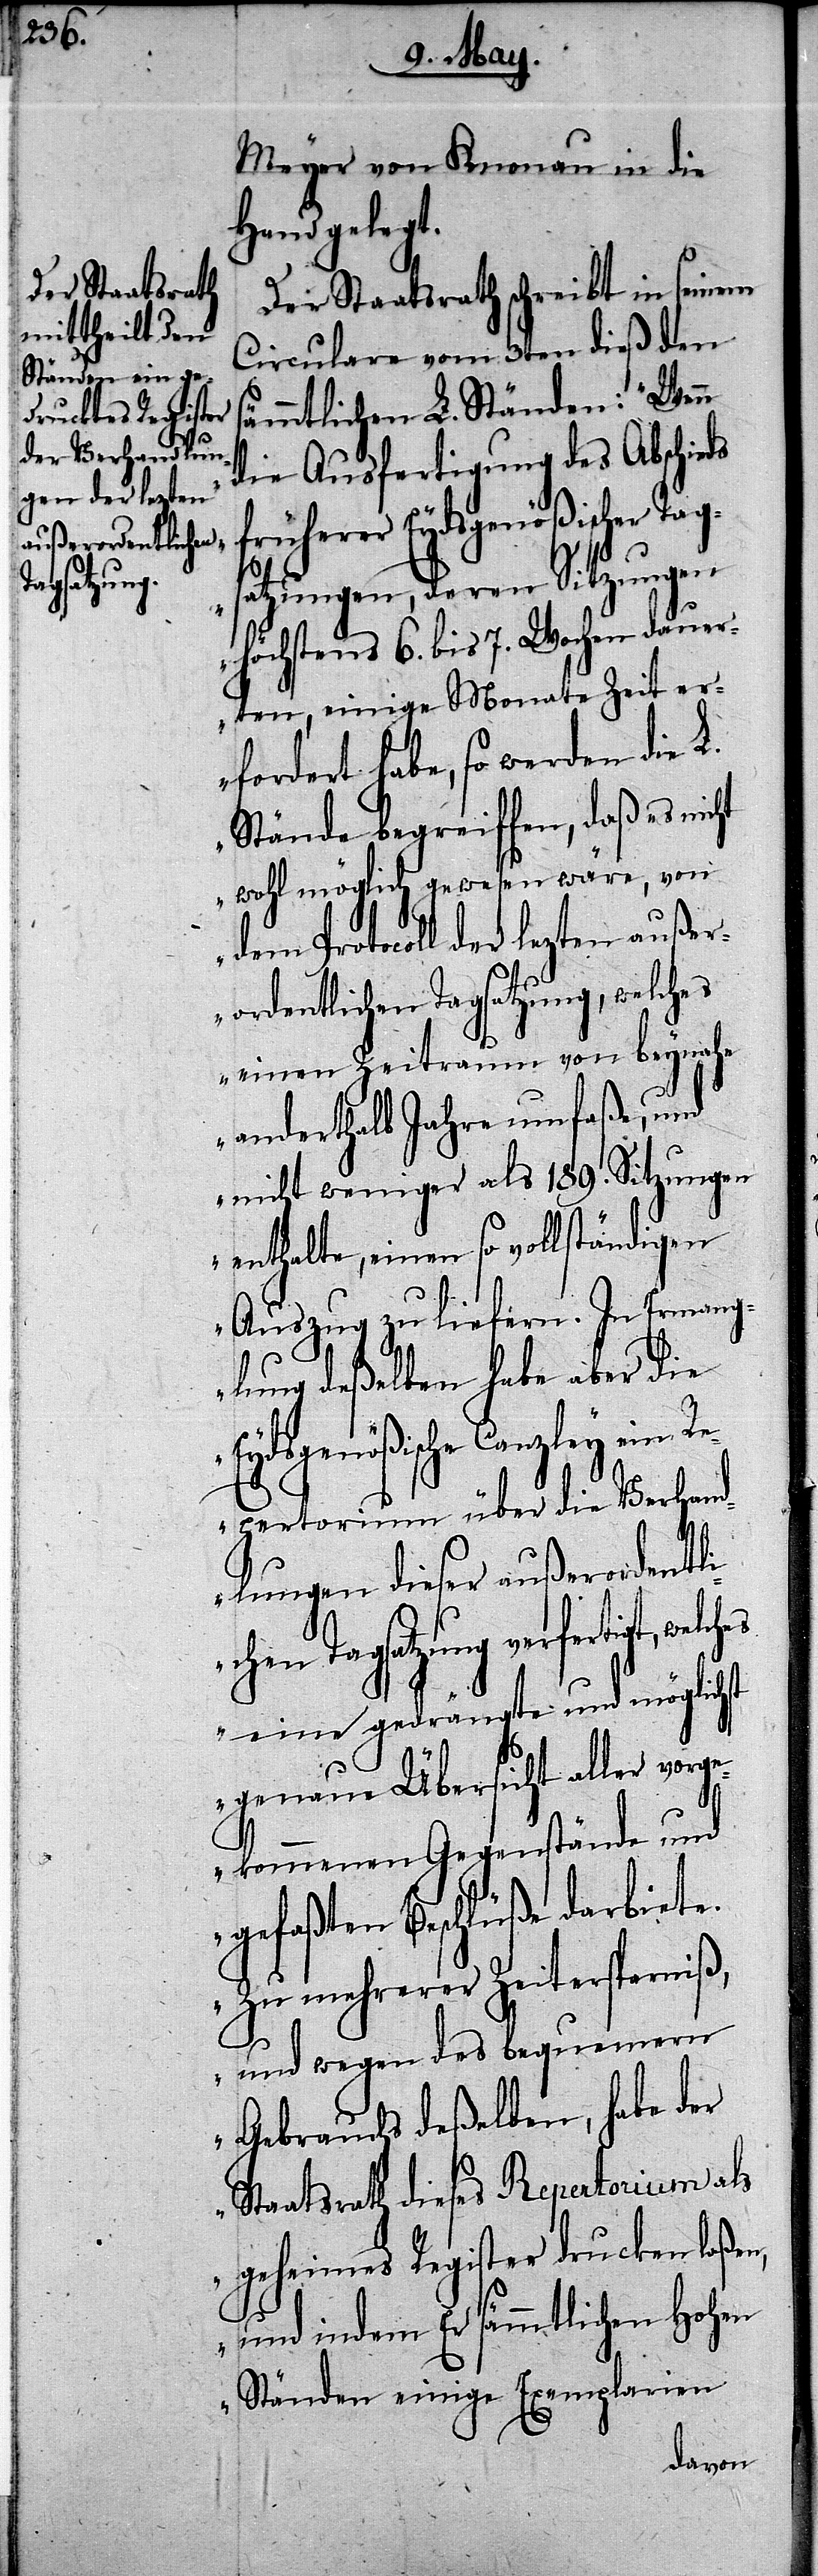
Meyer von Knonau in die
Hand gelegt.
Der Staatsrath schreibt in seinem
Circulare vom 3ten dieß den
ämmtlichen L. Ständen: „Wenn
die Ausfertigung des Abschieds
atzungen, deren Sitzungen
höchstens 6. bis 7. Wochen dauer¬
ten, einige Monate Zeit er¬
fordert habe, so werden die L.
Stände begreiffen, daß es nicht
wohl möglich gewesen wäre, von
dem Protocoll der lezten außer¬
ordentlichen Tagsatzung, welches
einen Zeitraum von beynahe
anderthalb Jahre umfaße, und
nicht weniger als 189. Sitzungen
enthalte, einen so vollständigen
s¬
Auszug zu liefern. In Ermang¬
lung deßelben habe aber die
Eydgenößische Canzley ein
Repertorium über die Verhand¬
lungen dieser außerordentli¬
chen Tagsatzung verfertigt,
eine gedrängte und möglichst
genaue Übersicht aller vorg¬
ekommenen Gegenstände und
gefaßten Beschlüße darbiete.
Zu mehrerer Zeitersparniß,
und wegen des bequemern
Gebrauchs deßelben, habe der
Staatsrath dieses Repertorium als
geheimes Register drucken laßen,
und indem Er sämmtlichen Hohen
Ständen einige Exemplarien